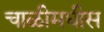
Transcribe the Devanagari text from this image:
चाळीमधीस